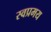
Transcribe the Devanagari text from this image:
स्वप्रमय